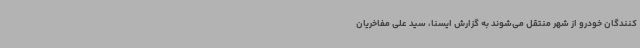
کنندگان خودرو از شهر منتقل می‌شوند به گزارش ایسنا، سید علی مفاخریان